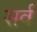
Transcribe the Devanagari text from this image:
सर्व